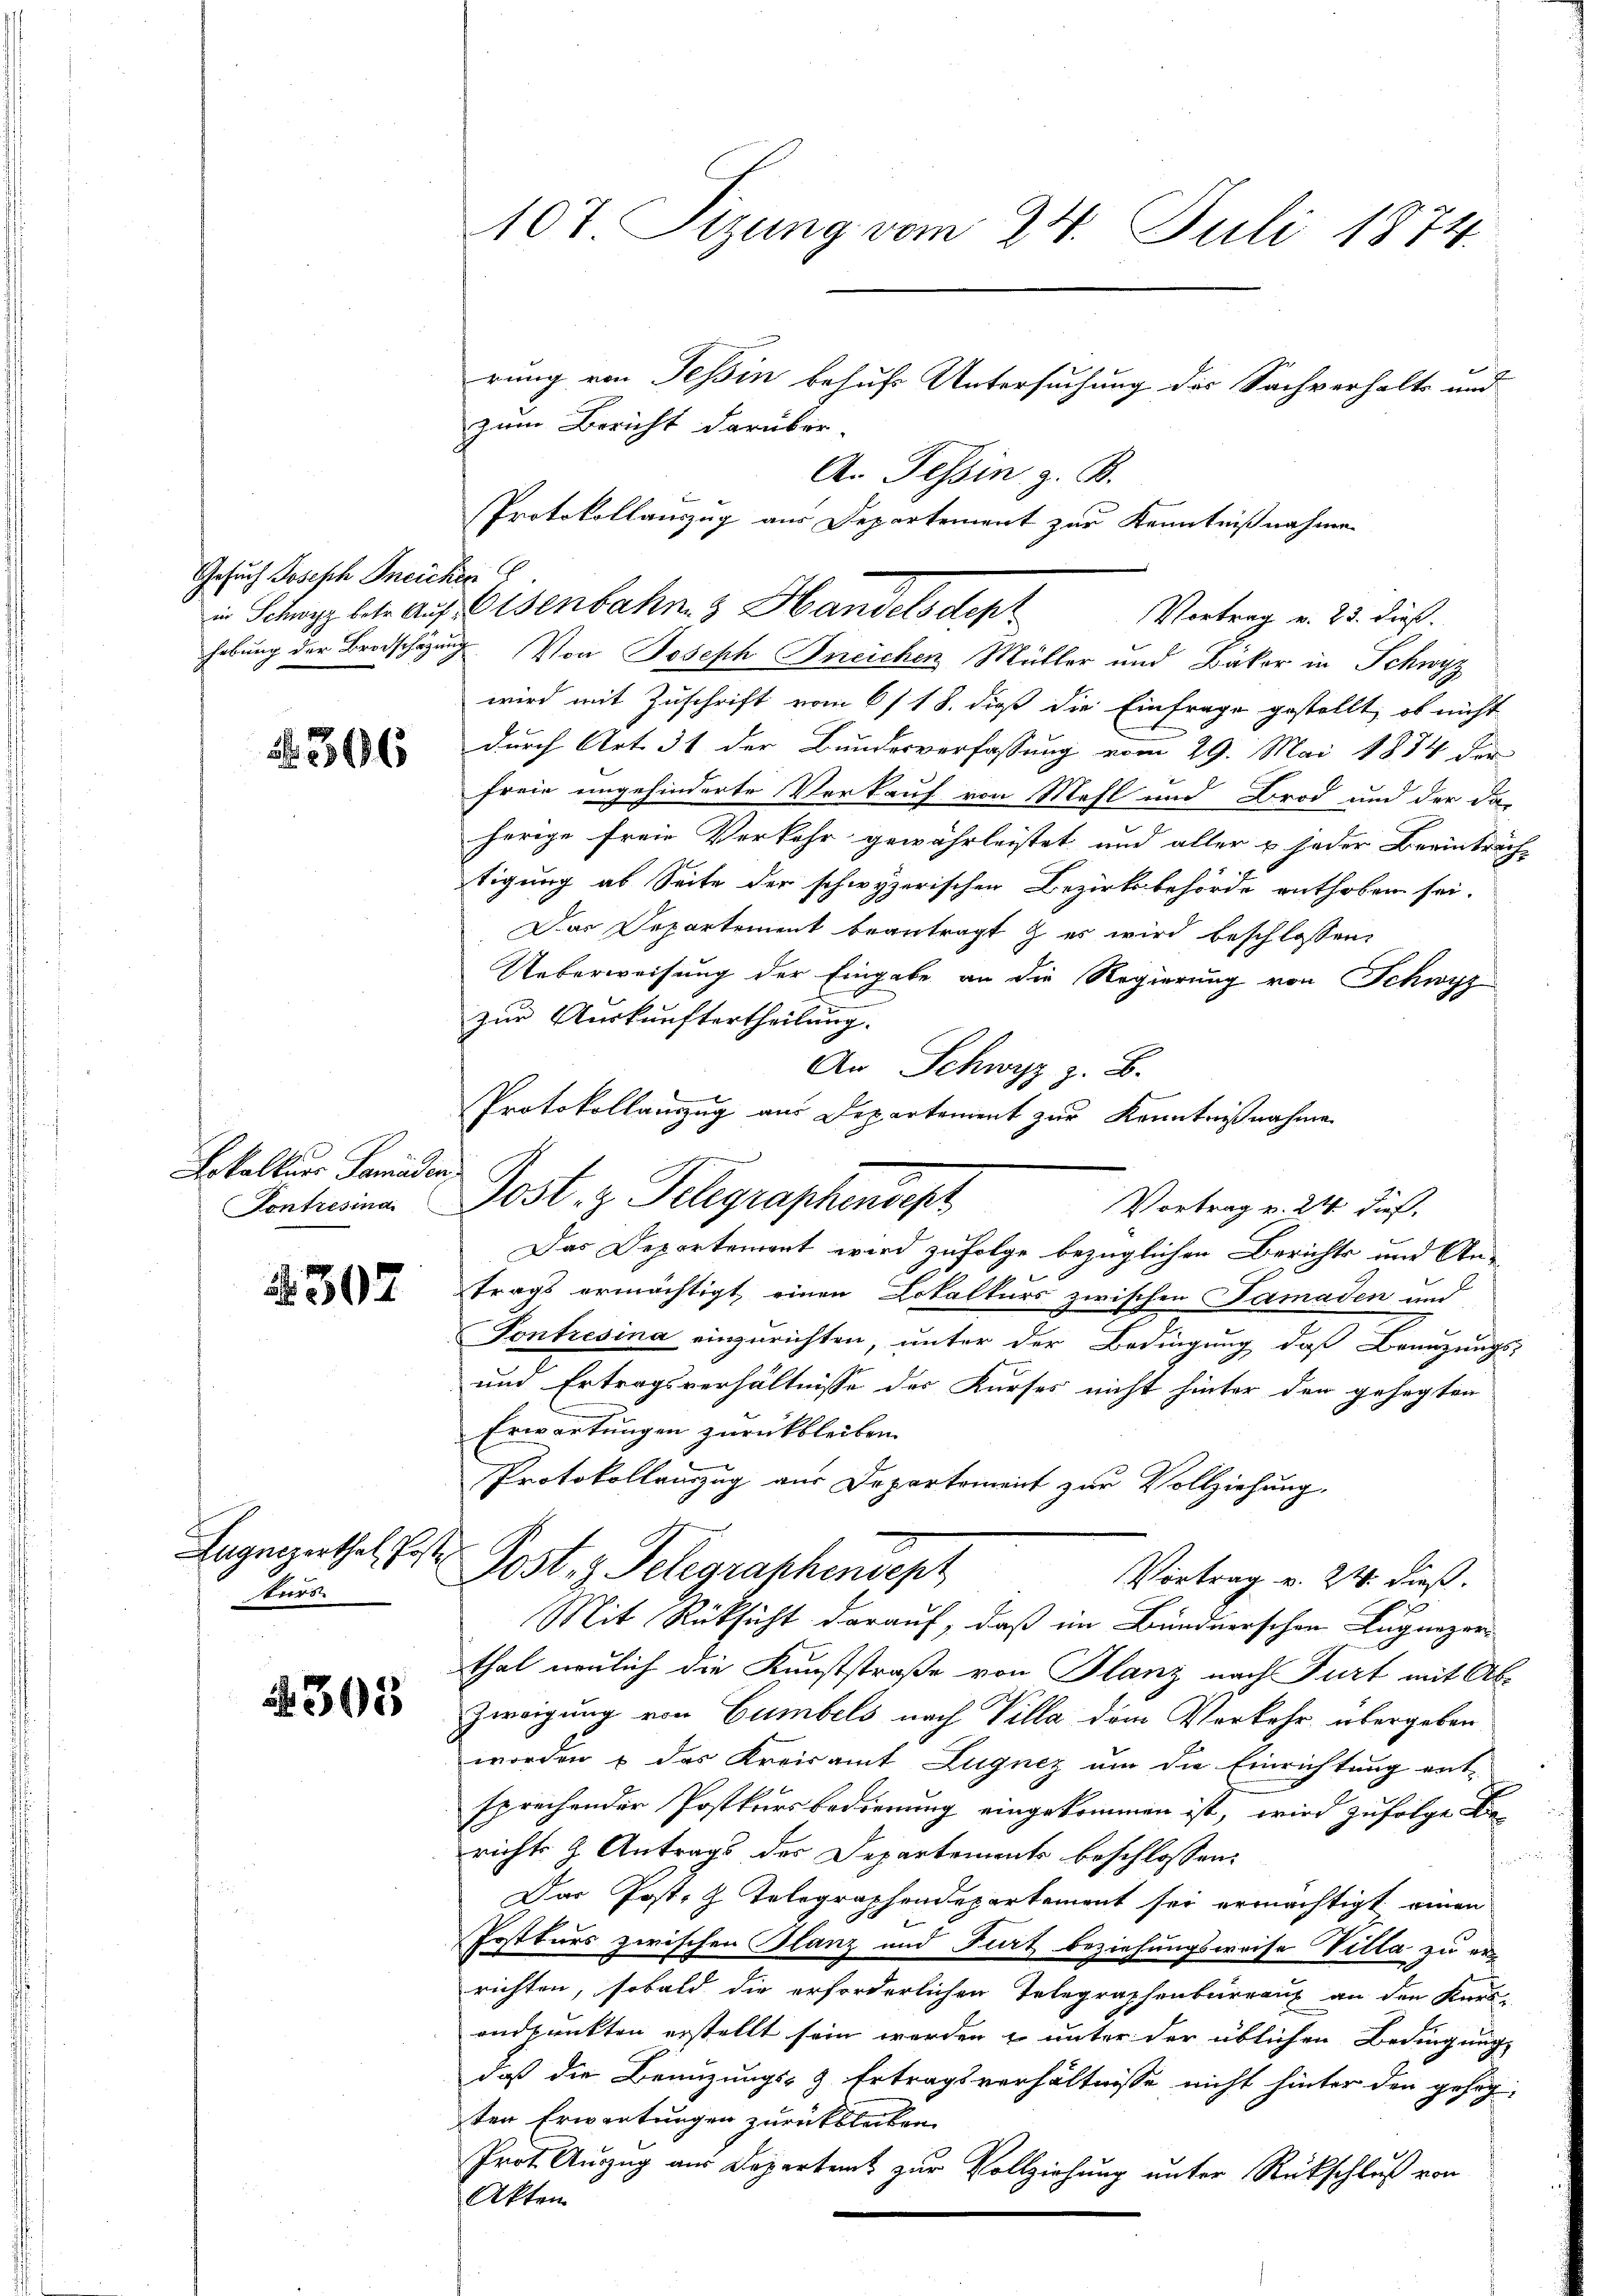
Gesuch Joseph Kneichen

N. 306

Lokalkurs Seminden,
Kontresina

2307

Lugenzerthal, Poste
Kurs

303

107. Sizung vom 24. Juli 1874.
rung von Tessin behufs Untersuchung des Sachverhalte und
zum Bericht darüber-

in Schwyz betr. auf Eisenbahn & Handelsdepr
hebung der Brodschazung. Von Joseph Kneichen Müller und Bäker in Schwyz
wird mit Zuschrift vom 6/18. dieß die Einfrage gestellt, ob nicht
durch Art. 31 der Bundesverfassung vom 29. Mai 1884 der
freie ungehinderte Verkauf von Mehl und Brod und der da-
hörige freie Verkehr gewährleistet und aller & jeder Beeinträch-
tigung ab Seite der schwyzerischen Bezirksbehörde enthoben sei.
Das Departement beantragt & es wird beschlossen,
Ueberweisung der Eingabe an die Regierung von Schwyz
zur Auskunftertheilung.
An Schwyz z. B.
Das Departement wird zufolge bezüglichen Berichts und An-
trags ermächtigt, einen Lokalkurs zwischen Samaden und
Pontresina einzurichten, unter der Bedingung daß Benuzungs-
und Ertragsverhältnisse der Kurses nicht hinter den gesagten
Erwartungen zurückbleiben.
Protokollauszug aus Departement zur Vollziehung.
Post, z. Telegraphensept
Vortrag v. 24. dieß.
Mit Rüksicht darauf, daß im Bundnerschen Lugnezer
thal neulich die Kunststraße von Planz nach Furt mit Ab¬
Zweigung von Gumbels nach Villa dem Verkehr übergeben
worden u das Kreisamt Lugnez um die Einrichtung entsprechender Postkursbedienung eingekommen ist, wird zufolge Berichts z. Antrags der Departements beschlossen:
fund
Das Post, z. Telegraphendepartement sei ermächtigt einen

Postkurs zwischen Glanz und Furt beziehungsweise Villa zu er-
richten, sobald die erforderlichen Telegraphenbarranz an den Kurs-
andpunkten erstellt sein werden & unter der üblichen Bedingungs
daß die Benuzungs- & Ertragsverhältnisse nicht hinter den gesagten Erwartungen zurückbleiben.
Prot. Anzug aus Departent zur Vollziehung unter Rückschluß von
Akten

An Tessin, z. B.
Protokollauszug aus Departement zur Kenntnißnahme
Vortrag v. 22. dieß.

Protokollauszug aus Departement zur Kenntnißnahme
Post. z. Telegraphendet
Vortrag v. 24. dieß,